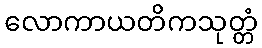
လောကာယတိကသုတ္တံ